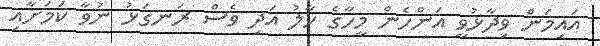
އައިމަން ވިދާޅުވީ އަންހެން މީހާގެ ހާލު އަދި ވެސް ރަނގަޅު ނުވާ ކަމަށާއި